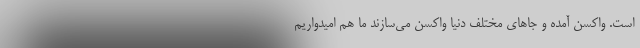
است. واکسن آمده و جاهای مختلف دنیا واکسن می‌سازند ما هم امیدواریم